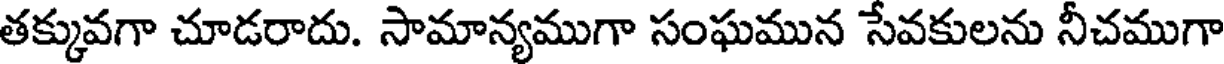
తక్కువగా చూడరాదు. సామాన్యముగా సంఘమున సేవకులను నీచముగా